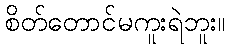
စိတ်တောင်မကူးရဲဘူး။